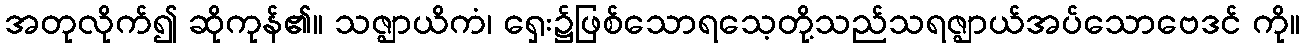
အတုလိုက်၍ ဆိုကုန်၏။ သဇ္ဈာယိကံ၊ ရှေး၌ဖြစ်သောရသေ့တို့သည်သရဇ္ဈာယ်အပ်သောဗေဒင် ကို။